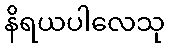
နိရယပါလေသု